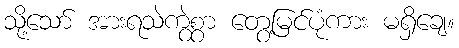
သို့သော် အားရသဲကွဲစွာ တွေ့မြင်ပုံကား မရှိချေ။